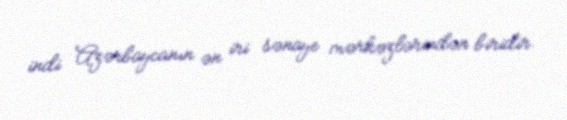
indi Azərbaycanın ən iri sənaye mərkəzlərindən biridir.